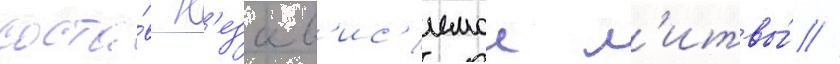
соста́в н'езав'ис'имои л'итвы́ //